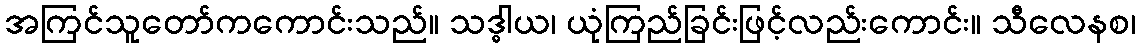
အကြင်သူတော်ကကောင်းသည်။ သဒ္ဓါယ၊ ယုံကြည်ခြင်းဖြင့်လည်းကောင်း။ သီလေနစ၊